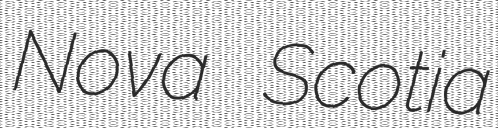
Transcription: Nova Scotia